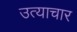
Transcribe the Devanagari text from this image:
उत्याचार